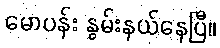
မောပန်း နွမ်းနယ်နေပြီ။